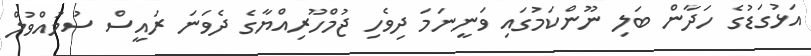
އަޅުގަޑުގެ ހަދާން ބަލި ނޫންކަމުގައި ވަނީނަމަ ދިވެހި ޖުމްހޫރިއްޔާގެ ދެވަނަ ރައީސް ސުމުއްވުލް